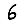
Digit: 6